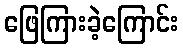
ဖြေကြားခဲ့ကြောင်း